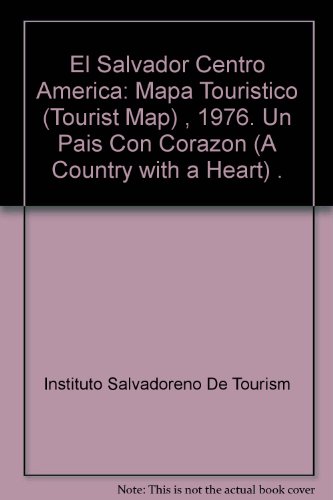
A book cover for El Salvador Centro America: Mapa Touristico (Tourist Map) , 1976. Un Pais Con Corazon (A Country with a Heart) .; Instituto Salvadoreno De Tourism; Travel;